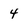
Character: 4